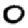
Digit: 0